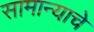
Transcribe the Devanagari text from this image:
सामान्याचे